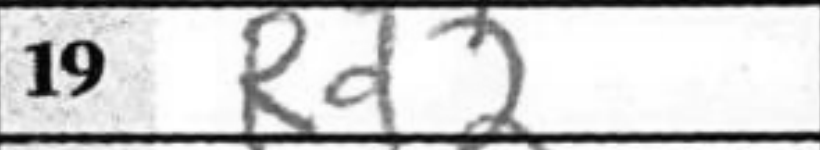
Transcription: Rd2